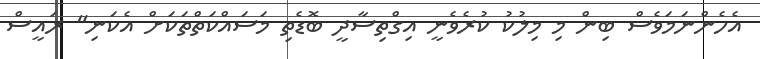
އެހެންނަމަވެސް ބިން މި މިލުކު ކުރެވެނީ އިގްތިސާދީ ބޮޑެތި މަސައްކަތްތަކަށް އެކަނި" ރައީސް